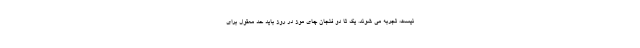
نیست، تجربه می شوند. یک تا دو فنجان چای موز در روز باید حد معقول برای